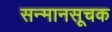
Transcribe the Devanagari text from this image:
सन्मानसूचक